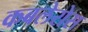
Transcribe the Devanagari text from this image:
कबलेरोस